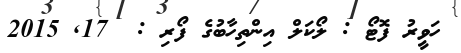
ހަވީރު ފޮޓޯ : ލޯކަލް އިންތިހާބުގެ ފޯރި :  17